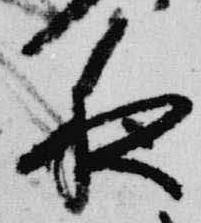
夜